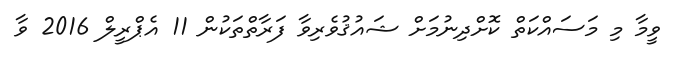
ވީމާ މި މަސައްކަތް ކޮށްދިނުމަށް ޝައުޤުވެރިވާ ފަރާތްތަކުން 11 އެޕްރީލް 2016 ވާ